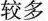
较多